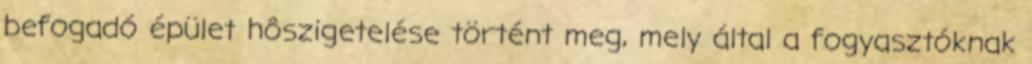
befogadó épület hôszigetelése történt meg, mely által a fogyasztóknak